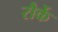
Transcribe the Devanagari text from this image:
रौर्के